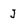
Character: J